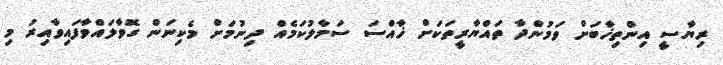
ރިޔާސީ އިންތިޚާބަށް ވަމުންދާ ތައްޔާރީތަކަށް ޚާއްސަ ސަމާލުކަމެއް ދިނުމަށް މެކިނަން ގޮވާލައްވާފައިވާއިރު މި